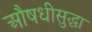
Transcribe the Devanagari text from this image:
औषधीसुद्धा